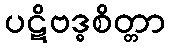
ပဋိဗဒ္ဓစိတ္တာ